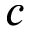
c